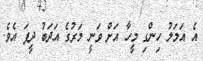
އެ އަމަލު ހިންގި މީހާ އަށް ވަނީ މަރުގެ އަދަބު ދީފަ އެވެ.